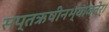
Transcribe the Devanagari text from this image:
सप्तऋषीनभ्यावतेर्।